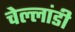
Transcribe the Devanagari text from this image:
चेल्लांडी